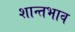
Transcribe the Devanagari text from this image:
शान्तभाव